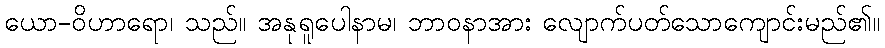
ယော-ဝိဟာရော၊ သည်။ အနုရူပေါနာမ၊ ဘာဝနာအား လျောက်ပတ်သောကျောင်းမည်၏။